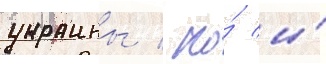
украины / но́ и́